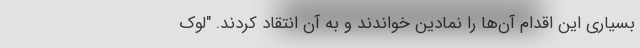
بسیاری این اقدام آن‌ها را نمادین خواندند و به آن انتقاد کردند. "لوک